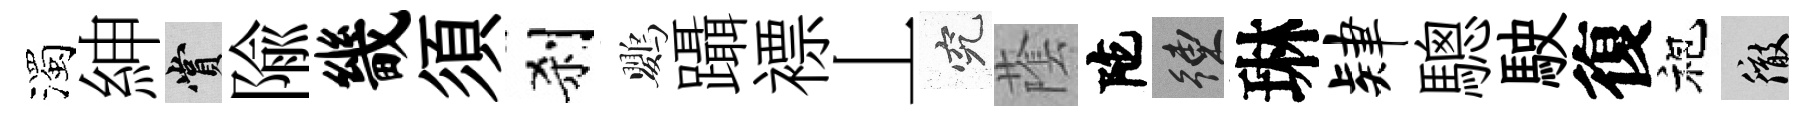
濁紳賞隃畿須刹鸚躡褾丄究䕃陀練琳肄驄駛復袍徹